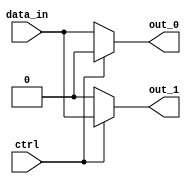
module demux_1to2(
    input wire data_in,
    input wire ctrl,
    output reg out_0,
    output reg out_1
);

always @ (data_in or ctrl)
begin
    if (ctrl == 1'b0)
    begin
        out_0 <= data_in;
        out_1 <= 1'b0;
    end
    else
    begin
        out_0 <= 1'b0;
        out_1 <= data_in;
    end
end

endmodule